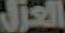
العزل